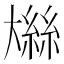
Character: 𫯼